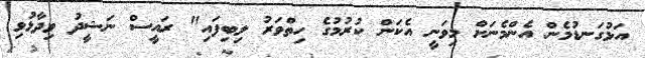
އަޅުގަނޑުމެން އެންމެނަށް މިވަނީ އެކަން ކުރުމުގެ ހިތްވަރު ލިބިފައި" ރައީސް ނަޝީދު ވިދާޅުވި